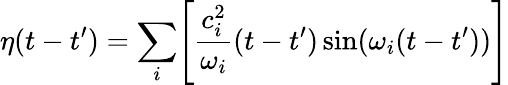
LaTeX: \eta(t-t^{\prime})=\sum_{i}\Biggl[\frac{c_{i}^{2}}{\omega_{i}}(t-t^{\prime})\sin(\omega_{i}(t-t^{\prime}))\Biggr]